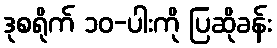
ဒုစရိုက် ၁၀-ပါးကို ပြဆိုခန်း